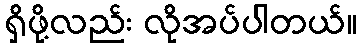
ရှိဖို့လည်း လိုအပ်ပါတယ်။